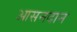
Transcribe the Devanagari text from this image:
आसनदान